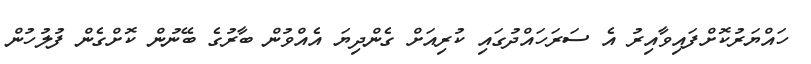
ހައްޔަރުކޮށްފައިވާއިރު އެ ސަރަހައްދުގައި ކުރިއަށް ގެންދިޔަ އެއްވުން ބާރުގެ ބޭނުން ކޮށްގެން ފުލުހުން